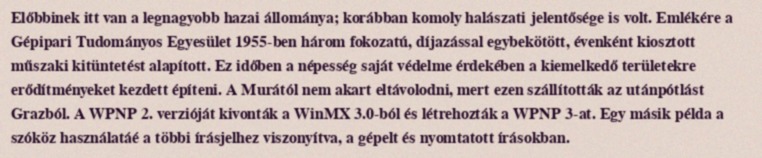
Előbbinek itt van a legnagyobb hazai állománya; korábban komoly halászati jelentősége is volt. Emlékére a Gépipari Tudományos Egyesület 1955-ben három fokozatú, díjazással egybekötött, évenként kiosztott műszaki kitüntetést alapított. Ez időben a népesség saját védelme érdekében a kiemelkedő területekre erődítményeket kezdett építeni. A Murától nem akart eltávolodni, mert ezen szállították az utánpótlást Grazból. A WPNP 2. verzióját kivonták a WinMX 3.0-ból és létrehozták a WPNP 3-at. Egy másik példa a szóköz használatáé a többi írásjelhez viszonyítva, a gépelt és nyomtatott írásokban.